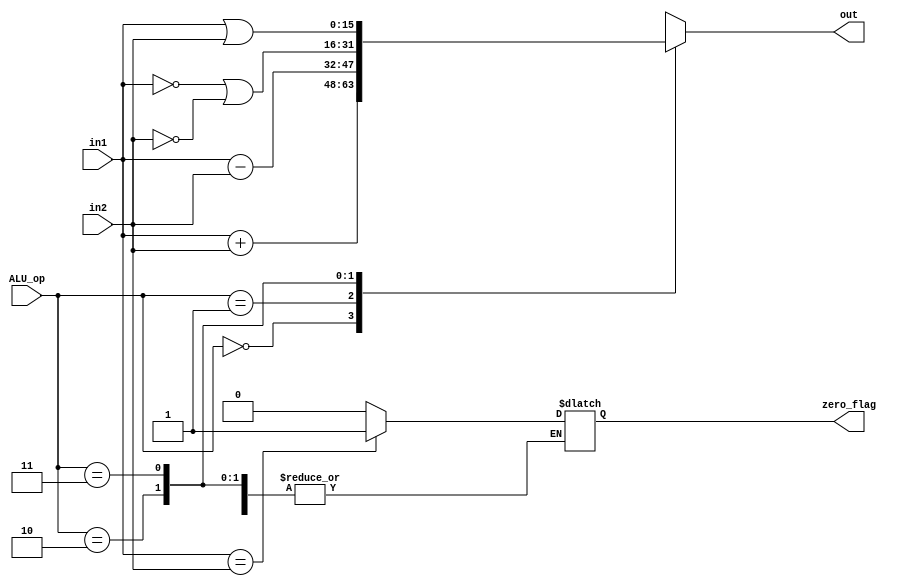
module ALU_16bit(in1, in2, ALU_op, out, zero_flag);
	input [15:0] in1;
	input [15:0] in2;
	input [1:0] ALU_op;
	output reg [15:0] out;
	output reg zero_flag;
	
	always @(*)
	begin
	case(ALU_op)  //Deciding the operation performed by ALU based on ALUop (Covers ADD, SUB, NAND, OR)
		
		2'b00: out= in1+in2;  

		2'b01: begin
			out= in1-in2;
			zero_flag= (in1==in2)?1'b1:1'b0;
			end

		2'b10: out= ((~in1)|(~in2));
			
		2'b11: out= (in1|in2);

		default: out=16'h0000;
	endcase
	end
endmodule

module ALU_Out(output reg [15:0] out,input [15:0] in,input ALUoutwrite);  //Again, same reason as PC, IR
always @(ALUoutwrite,in) begin
	if(ALUoutwrite == 1'b1)
	out = in;
end
endmodule

/*module ALU_16bit_tb();
	reg[15:0] in1_tb, in2_tb, ALU_op_tb;
	wire[15:0] out_tb;
	wire cry_out_tb, zero_flag_tb;
	
ALU_16bit uut (.in1(in1_tb), .in2(in2_tb), .ALU_op(ALU_op_tb), .out(out_tb), .cry_out(cry_out_tb), .zero_flag(zero_flag_tb));

	initial
	begin
		in1_tb= 16'd1528;
		in2_tb= 16'd7352;
		ALU_op_tb=2'b00;
		#5 ALU_op_tb= 2'b01;
		#5 ALU_op_tb= 2'b10;
		#5 ALU_op_tb= 2'b11;
	end
endmodule
*/